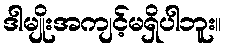
ဒါမျိုးအကျင့်မရှိပါဘူး။